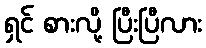
ရှင် စားလို့ ပြီးပြီလား